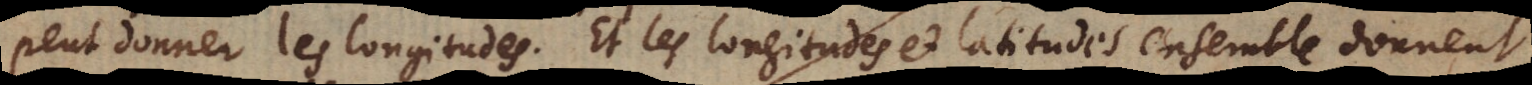
peut donner les longitudes. Et les longitudes et latitudes ensemble donnent